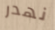
نهدر